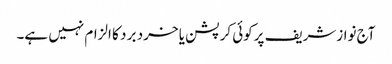
آج نوازشریف پرکوئی کرپشن یا خرد بر د کا الزام نہیں ہے۔